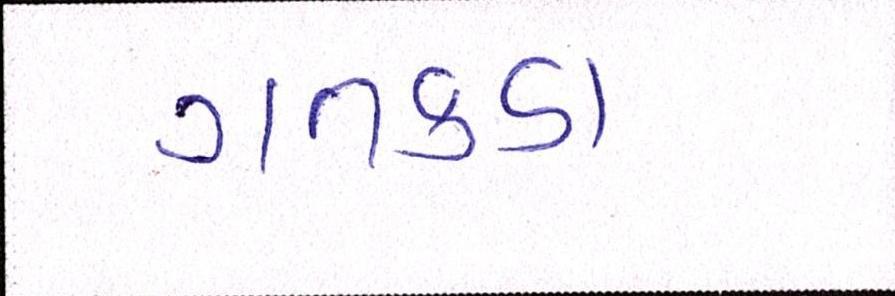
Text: ગતકડા